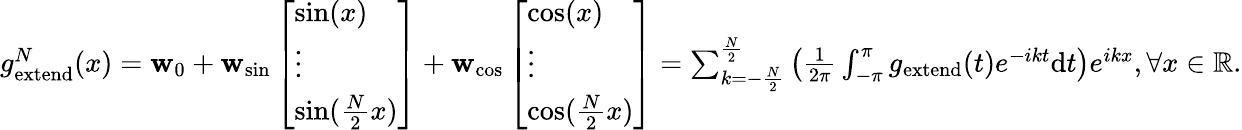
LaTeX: \begin{array}{r}{g_{\mathrm{extend}}^{N}(x)=\mathbf{w}_{0}+\mathbf{w}_{\mathrm{sin}}\left[\begin{array}{l}{\sin(x)}\\ {\vdots}\\ {\sin(\frac{N}{2}x)}\end{array}\right]+\mathbf{w}_{\mathrm{cos}}\left[\begin{array}{l}{\cos(x)}\\ {\vdots}\\ {\cos(\frac{N}{2}x)}\end{array}\right]=\sum_{k=-\frac{N}{2}}^{\frac{N}{2}}\left(\frac{1}{2\pi}\int_{-\pi}^{\pi}g_{\mathrm{extend}}(t)e^{-ik{t}}\mathrm{d}{{t}}\right)e^{i{k}{x}},\forall x\in\mathbb{R}.}\end{array}